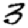
Digit: 3